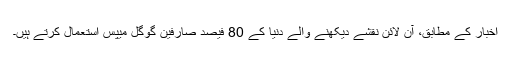
اخبار کے مطابق، آن لائن نقشے دیکھنے والے دنیا کے 80 فیصد صارفین گوگل میپس استعمال کرتے ہیں۔